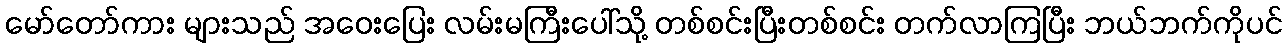
မော်တော်ကား များသည် အဝေးပြေး လမ်းမကြီးပေါ်သို့ တစ်စင်းပြီးတစ်စင်း တက်လာကြပြီး ဘယ်ဘက်ကိုပင်